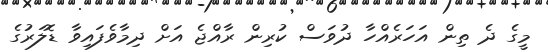
މީގެ ދެ ތިން އަހަރެއްހާ ދުވަސް ކުރިން ރާއްޖެ އަށް ދިމާވެފައިވާ ޑޮލަރުގެ